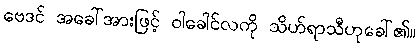
ဗေဒင် အခေါ်အားဖြင့် ဝါခေါင်လကို သိဟ်ရာသီဟုခေါ်၏။